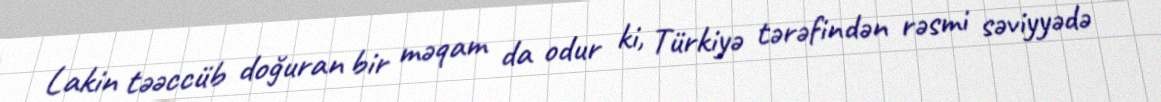
Lakin təəccüb doğuran bir məqam da odur ki, Türkiyə tərəfindən rəsmi səviyyədə